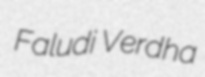
Faludi Verdha